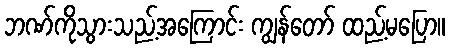
ဘဏ်ကိုသွားသည့်အကြောင်း ကျွန်တော် ထည့်မပြော။